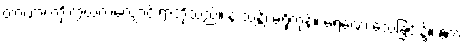
တာဏာ၊ ကိုးကွယ်လဲလျောင်းရာတို့သည်။ န သန္တိ၊ မရှိကုန်။ မရဏေ၊ သေခြင်း၌။ ဧတံ